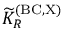
{ \widetilde K } _ { R } ^ { \mathrm { ( B C , X ) } }